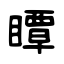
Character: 瞫